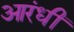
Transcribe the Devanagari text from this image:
आरंधीं